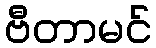
ဗီတာမင်